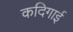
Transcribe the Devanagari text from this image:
कदिगाई